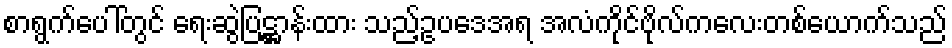
စာရွက်ပေါ်တွင် ရေးဆွဲပြဋ္ဌာန်းထား သည့်ဥပဒေအရ အလံကိုင်ဗိုလ်ကလေးတစ်ယောက်သည်